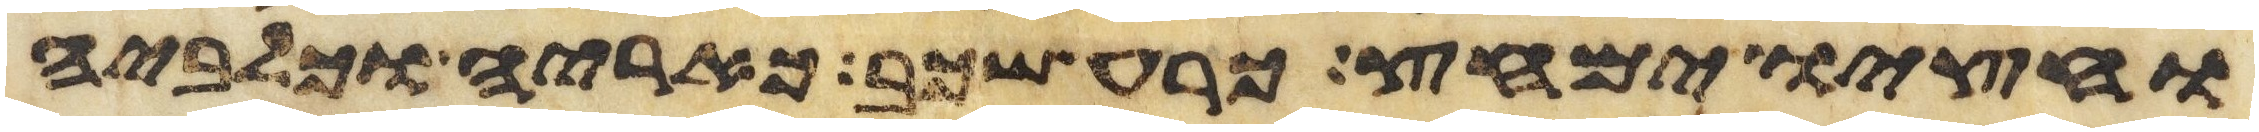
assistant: וחציו ימחץ כרע שכב כאריה וכלביה